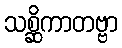
သစ္ဆိကာတဗ္ဗာ